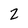
Character: 2